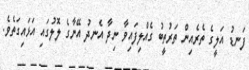
ފަނޑު އަލީގެ ތެރެއިން ތަރުތީބު ގެއްލިފައިވާ ނިދާ އެނދު އޭނާގެ ލޮލުގައި އަޅައިގަތެވެ.